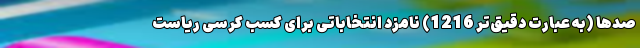
صدها (به عبارت دقیق‌تر 1216) نامزد انتخاباتی برای کسب کرسی ریاست